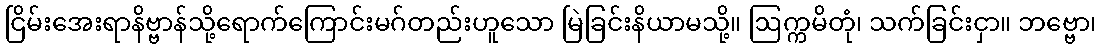
ငြိမ်းအေးရာနိဗ္ဗာန်သို့ရောက်ကြောင်းမဂ်တည်းဟူသော မြဲခြင်းနိယာမသို့။ ဩက္ကမိတုံ၊ သက်ခြင်းငှာ။ ဘဗ္ဗော၊